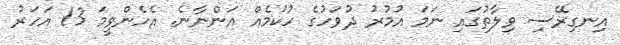
އިނގިރޭސި ވިލާތުގައި ނަމަ އުމުރު ދުވަހުގެ ހުކުމެއް އަންނާނެ. އެހެންވީމަ 13 އަހަރު